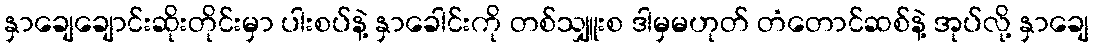
နှာချေချောင်းဆိုးတိုင်းမှာ ပါးစပ်နဲ့ နှာခေါင်းကို တစ်သျှူးစ ဒါမှမဟုတ် တံတောင်ဆစ်နဲ့ အုပ်လို့ နှာချေ